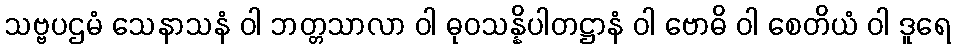
သဗ္ဗပဌမံ သေနာသနံ ဝါ ဘတ္တသာလာ ဝါ ဓုဝသန္နိပါတဋ္ဌာနံ ဝါ ဗောဓိ ဝါ စေတိယံ ဝါ ဒူရေ